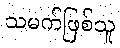
သမက်ဖြစ်သူ